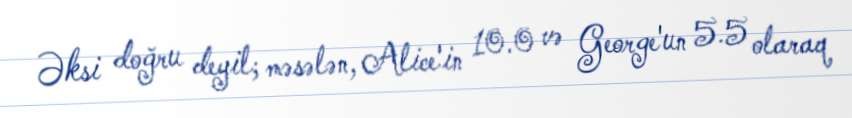
Əksi doğru deyil; məsələn, Alice'in 10.0 və George'un 5.5 olaraq